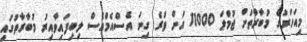
މިއަހަރުގެ މުބާރާތަށް ޖުމްލަ 11000 އަށް ވުރެ ގިނަ އެސްއެމްއެސް ލިބިފައިވާއިރު މުބާރާތުގައި